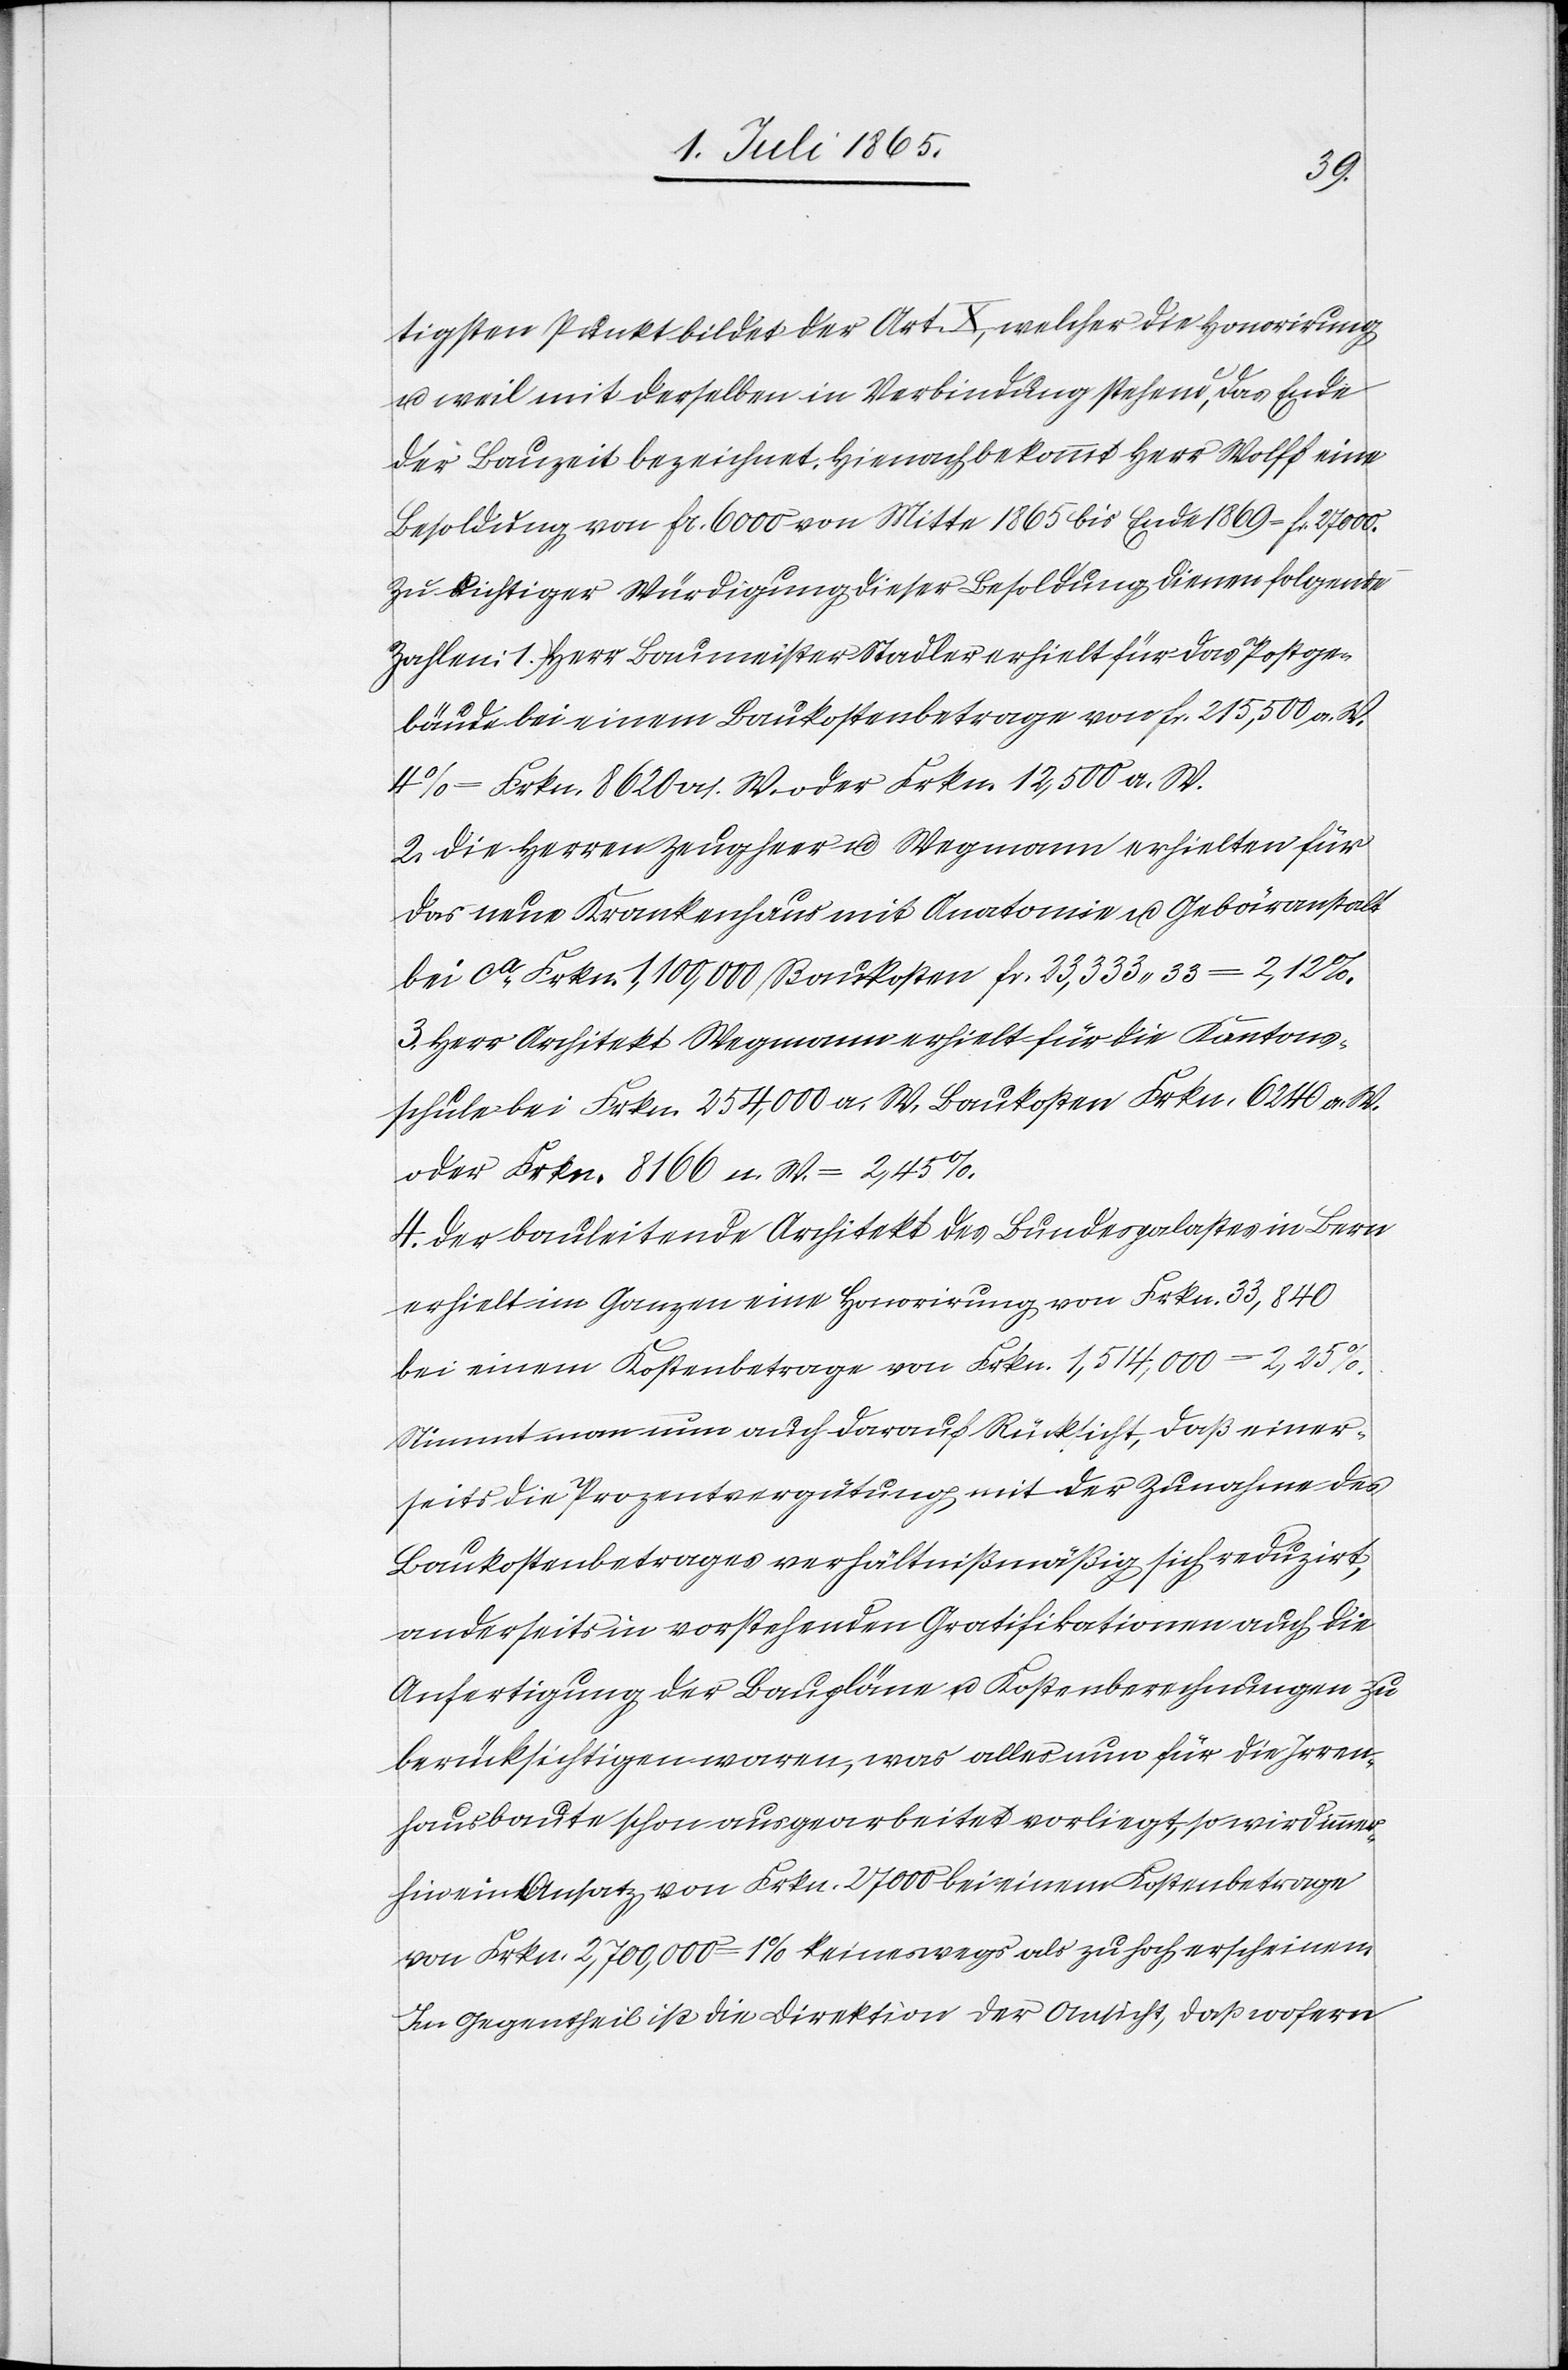
tigsten Punkt bildet der Art. X, welcher die Honorirung
u. weil mit derselben in Verbindung stehend, das Ende
der Bauzeit bezeichnet. Hienach bekommt Herr Wolff eine
Besoldung von fr. 6000 von Mitte 1865 bis Ende 1869 = fr. 27 000.
Zu richtiger Würdigung dieser Besoldung dienen folgende
1. Herr Baumeister Stadler erhielt für das Postge¬
bäude bei einem Baukostenbetrage von fr. 215,500 a. W.
= Frkn. 8620 as. W. oder Frkn. 12,500 a. W.
2. Die Herren Zeugheer u. Wegmann erhielten für
das neue Krankenhaus mit Anatomie u. Gebäranstalt
bei ca Frkn. 1,100,000 Baukosten fr. 23,333.33 = 2,12 %.
3. Herr Architekt Wegmann erhielt für die Kantons¬
schule bei Frkn. 254,000 a. W. Baukosten Frkn. 6240 a. W.
oder Frkn. 8166 n. W. = 2,45 %.
4. Der bauleitende Architekt des Bundespalastes in Bern
erhielt im Ganzen eine Honorirung von Frkn. 33,840
bei einem Kostenbetrage von Frkn. 1,514,000 = 2,25 %.
Nimmt man nun auch darauf Rücksicht, daß einer¬
seits die Prozentvergütung mit der Zunahme des
Baukostenbetrages verhältnißmäßig sich reduzirt,
anderseits in vorstehenden Gratifikationen auch die
Anfertigung der Baupläne u. Kostenberechnungen zu
berücksichtigen waren, was alles nun für die Irren¬
hausbaute schon ausgearbeitet vorliegt, so wird immer¬
hin ein Ansatz von Frkn. 27000 bei einem Kostenbetrage
von Fkrn. 2,700,000 = 1 % keineswegs als zu hoch erscheinen.
Im Gegentheil ist die Direktion der Ansicht, daß wofern